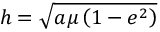
h = { \sqrt { a \mu \left( 1 - e ^ { 2 } \right) } }